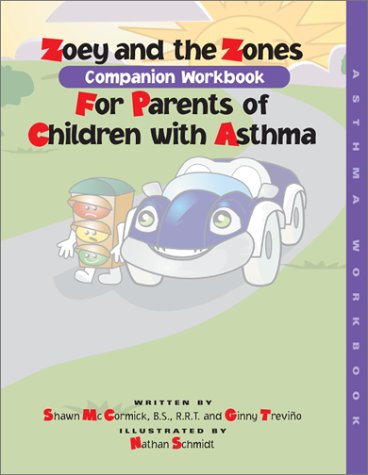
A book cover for Zoey and the Zones: Companion Workbook for Parents of Children with Asthma; Shawn R. McCormick; Health, Fitness & Dieting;